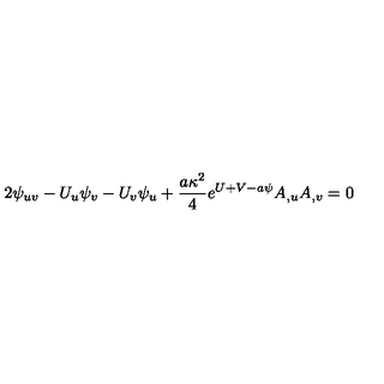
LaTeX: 2 \psi _ { u v } - U _ { u } \psi _ { v } - U _ { v } \psi _ { u } + { \frac { a \kappa ^ { 2 } } { 4 } } e ^ { U + V - a \psi } A _ { , u } A _ { , v } = 0